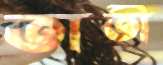
তাতী